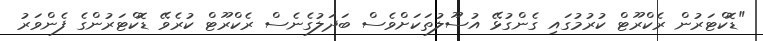
"ޑޮކްޓަރުން ރެކްރޫޓް ކުރުމުގައި ގެންގުޅޭ އުސޫލުތަކަށްވެސް ބަދަލުގެނެސް ރެކްރޫޓް ކުރެވޭ ޑޮކްޓަރުންގެ ފެންވަރު